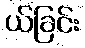
ယ်ခြင်း